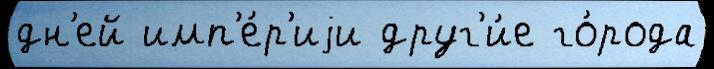
дн'ей имп'е́р'иjи друг'и́е го́рода